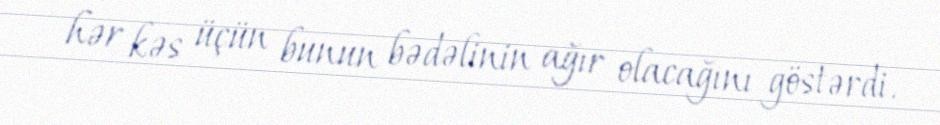
hər kəs üçün bunun bədəlinin ağır olacağını göstərdi.